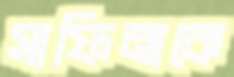
সাফিনাকে